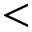
<